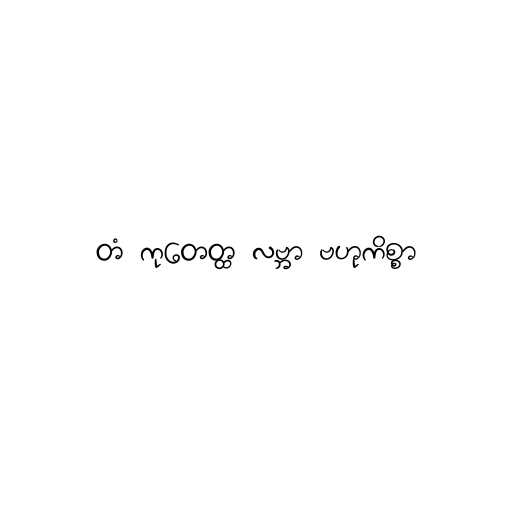
တံ ကုတေတ္ထ လဗ္ဘာ ဗဟုကိစ္စာ